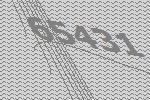
65431